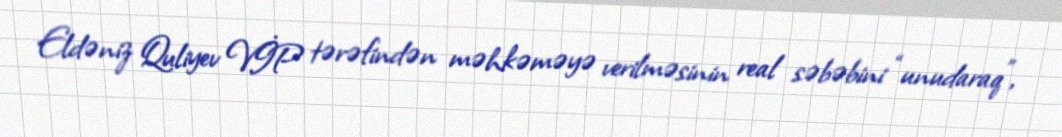
Eldəniz Quliyev VİP tərəfindən məhkəməyə verilməsinin real səbəbini “unudaraq”,